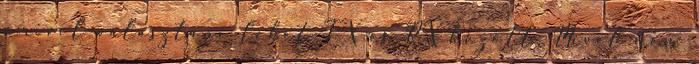
amivel választani lehet TX és RX között. Mivel nem